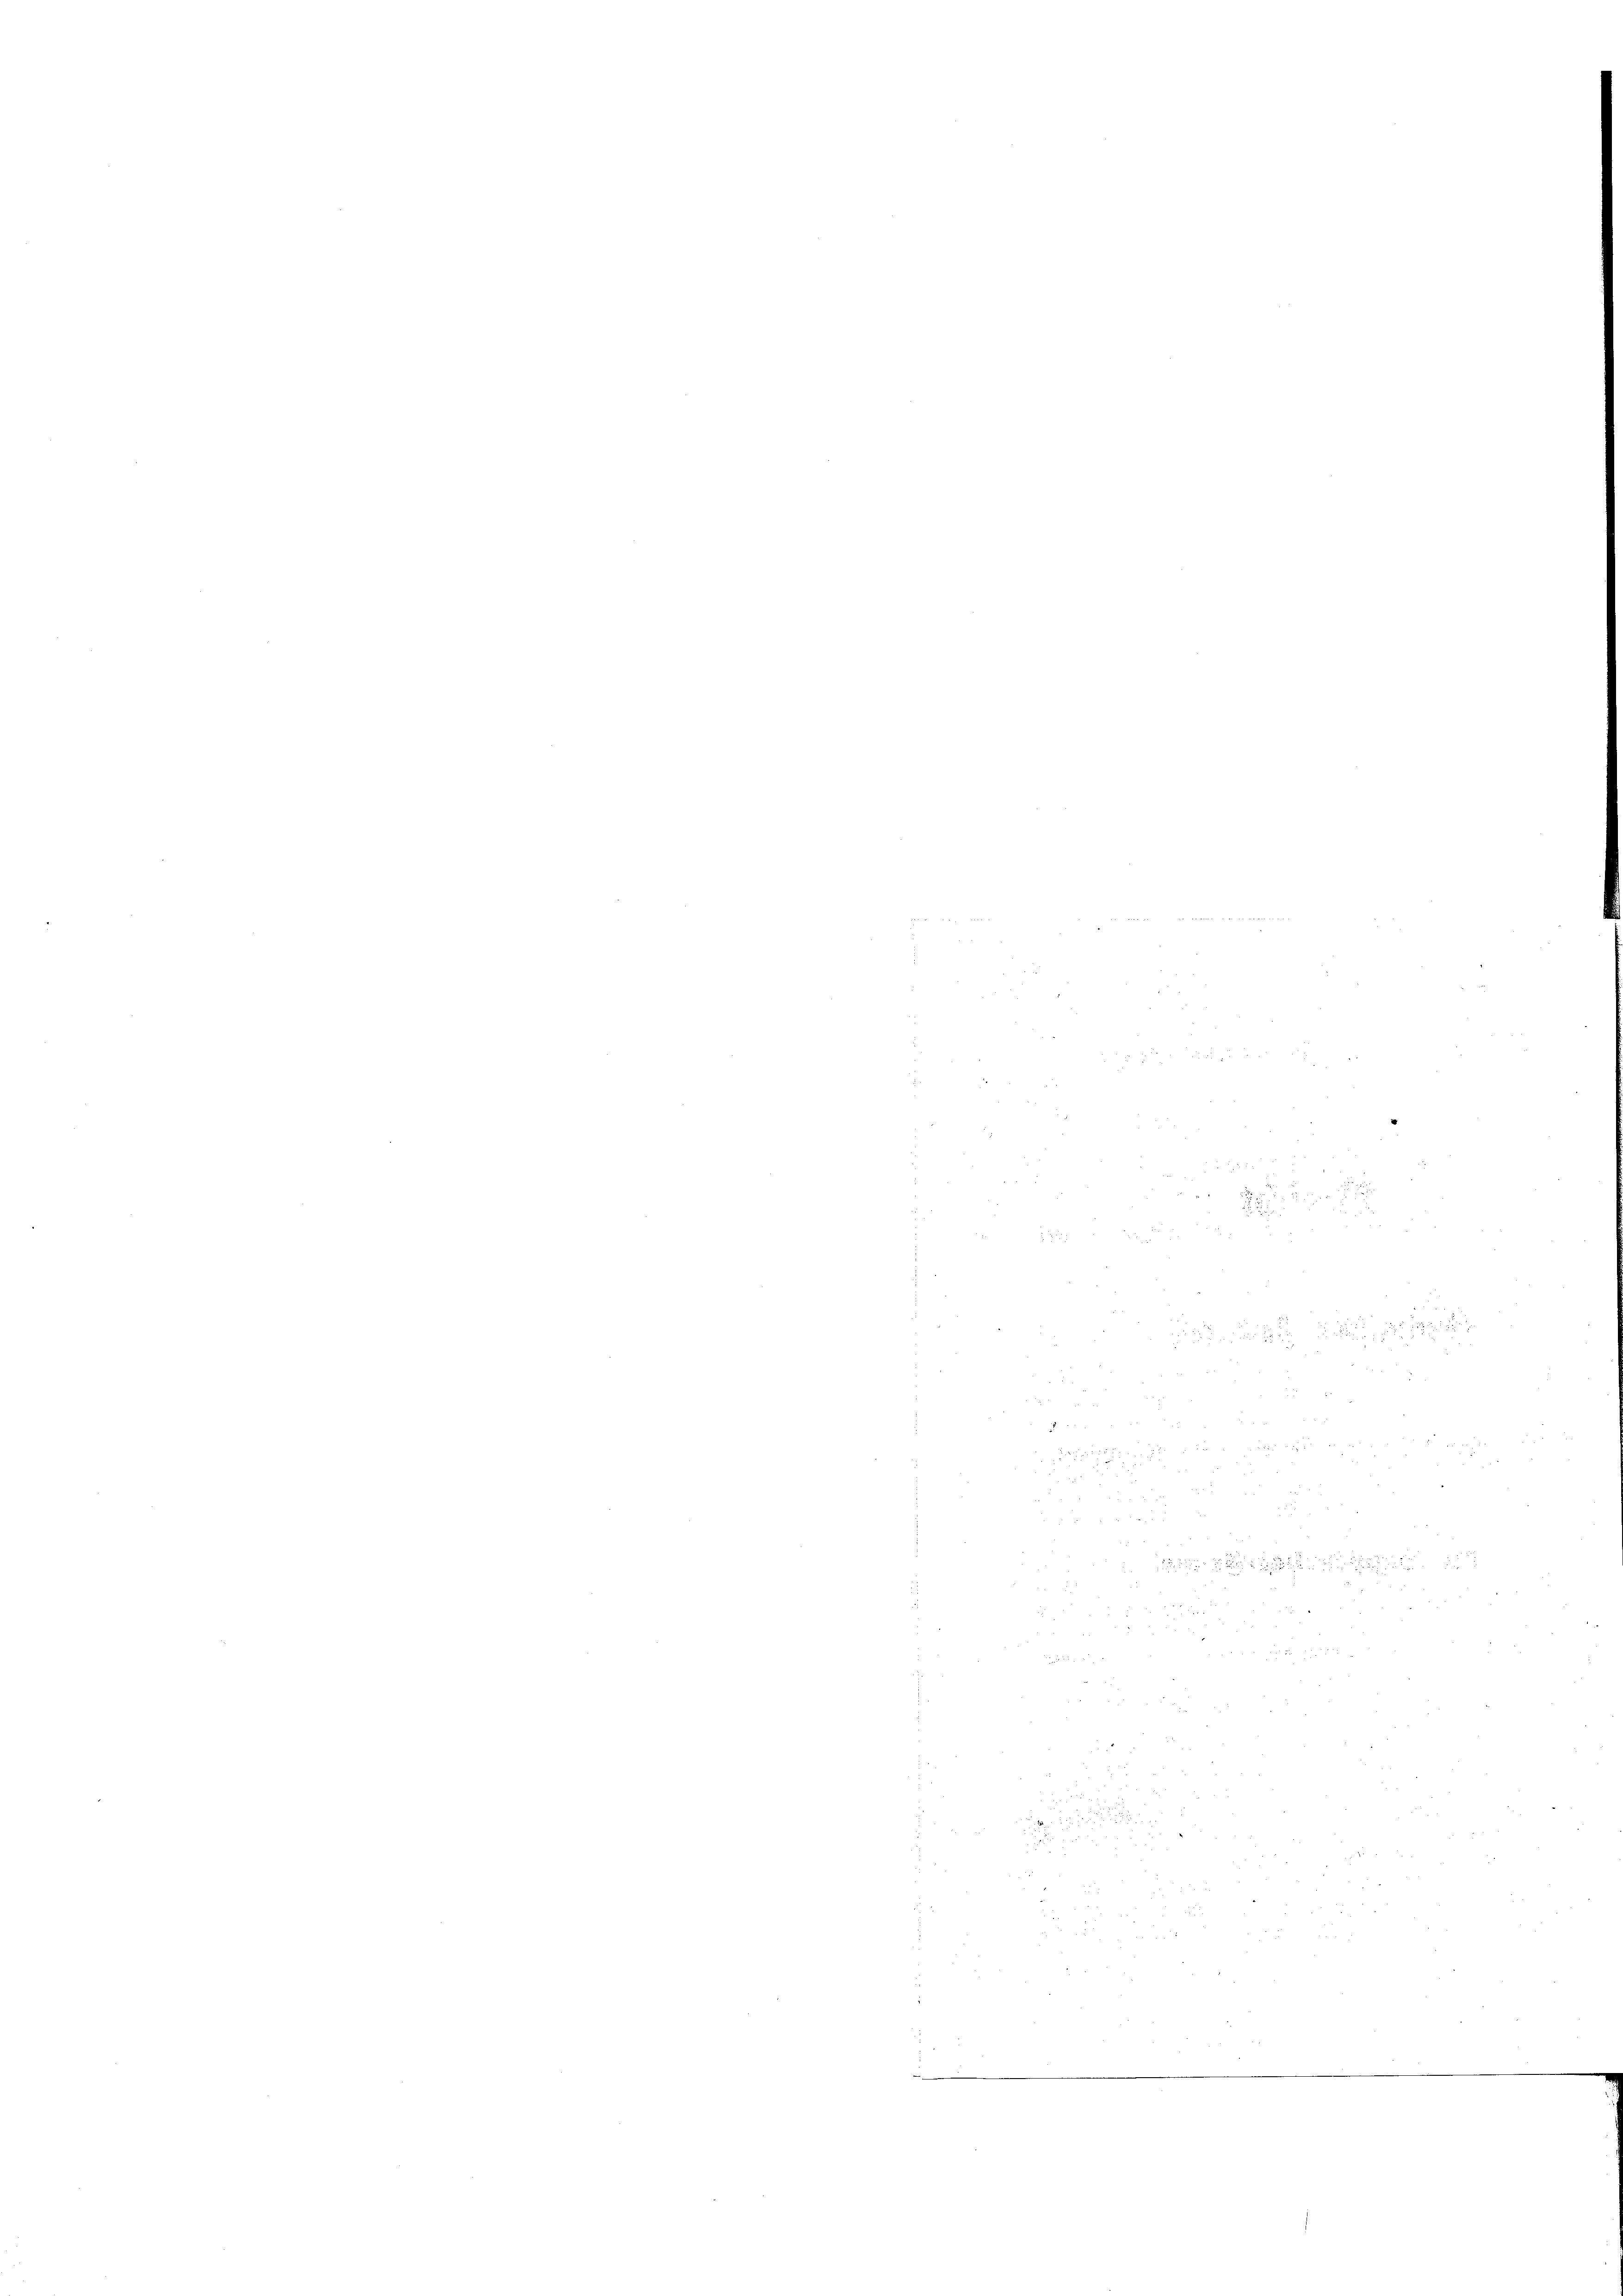
2